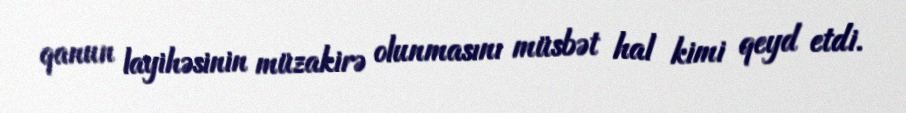
qanun layihəsinin müzakirə olunmasını müsbət hal kimi qeyd etdi.